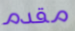
مقدم